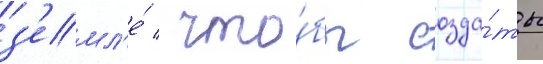
з'емл'е́ / что́бы созда́ть